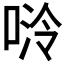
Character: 𫪬